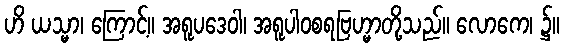
ဟိ ယသ္မာ၊ ကြောင့်။ အရူပဒေဝါ၊ အရူပါဝစရဗြဟ္မာတို့သည်။ လောကေ၊ ၌။